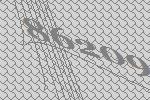
86209